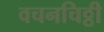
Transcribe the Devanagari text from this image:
वचनचिठ्ठी